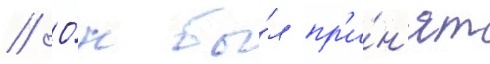
// О́н бы́л пр'и́н'ят